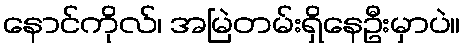
နောင်ကိုလ်၊ အမြဲတမ်းရှိနေဦးမှာပဲ။